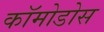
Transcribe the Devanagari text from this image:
कॉमोडोस